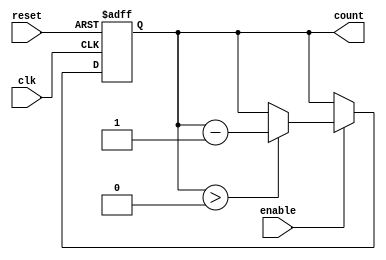
module down_counter #(
    parameter N = 15 // Maximum value of the counter (can be changed as needed)
)(
    input wire clk,       // Clock input
    input wire enable,    // Enable signal
    input wire reset,     // Asynchronous reset signal
    output reg [clog2(N+1)-1:0] count // Current counter value
);

// Function to calculate the number of bits required for the counter
function integer clog2;
    input integer value;
    begin
        value = value - 1;
        for (clog2 = 0; value > 0; clog2 = clog2 + 1)
            value = value >> 1;
    end
endfunction

// Asynchronous reset and counting logic
always @(posedge clk or posedge reset) begin
    if (reset) begin
        count <= N; // Reset to maximum value N
    end else if (enable) begin
        if (count > 0) begin
            count <= count - 1; // Decrement the counter
        end
        // If count is already 0, it remains 0
    end
    // If enable is low, count holds its value
end

endmodule